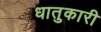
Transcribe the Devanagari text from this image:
धातुकारी